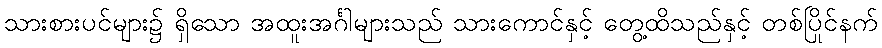
သားစားပင်များ၌ ရှိသော အထူးအင်္ဂါများသည် သားကောင်နှင့် တွေ့ထိသည်နှင့် တစ်ပြိုင်နက်